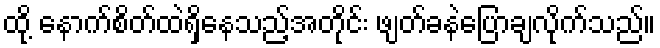
ထို့ နောက်စိတ်ထဲရှိနေသည့်အတိုင်း ဖျတ်ခနဲပြောချလိုက်သည်။